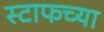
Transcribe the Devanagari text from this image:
स्टाफच्या